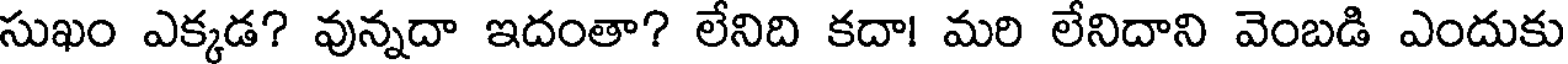
సుఖం ఎక్కడ? వున్నదా ఇదంతా? లేనిది కదా! మరి లేనిదాని వెంబడి ఎందుకు